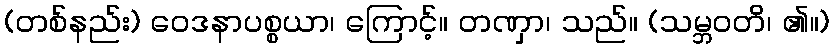
(တစ်နည်း) ဝေဒနာပစ္စယာ၊ ကြောင့်။ တဏှာ၊ သည်။ (သမ္ဘဝတိ၊ ၏။)